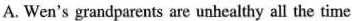
A. Wen's grandparents are unhealthy all the time